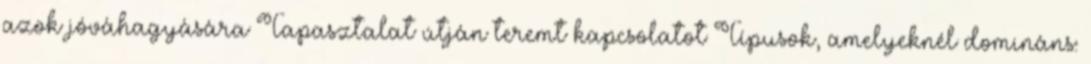
azok jóváhagyására Tapasztalat útján teremt kapcsolatot Típusok, amelyeknél domináns: